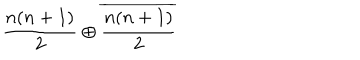
\frac { n ( n + 1 ) } { 2 } \oplus \overline { { { \frac { n ( n + 1 ) } { 2 } } } }